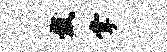
戴掌